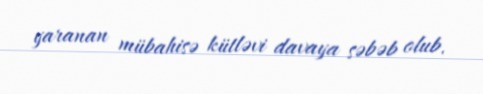
yaranan mübahisə kütləvi davaya səbəb olub.